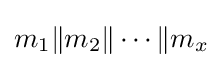
m_{1}\|m_{2}\|\cdots \|m_{x}